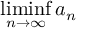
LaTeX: \operatorname* { l i m i n f } _ { n \to \infty } a _ { n }